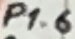
Text: P1.6